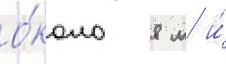
о́коло 8 м и́